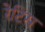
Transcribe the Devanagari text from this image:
रेटिस